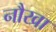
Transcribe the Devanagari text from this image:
नौखा